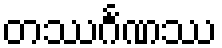
တဿင်္ဂဏဿ